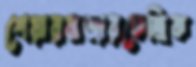
শেয়ারবাজারকেন্দ্রিক